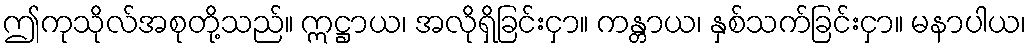
ဤကုသိုလ်အစုတို့သည်။ ဣဋ္ဌာယ၊ အလိုရှိခြင်းငှာ။ ကန္တာယ၊ နှစ်သက်ခြင်းငှာ။ မနာပါယ၊